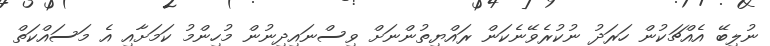
ނުލިބޭ އެއްޗަކުން ހަރަދު ނުކުރެވޭނެކަން ރައްޔިތުންނަށް ވިސްނައިދިނުން މުހިންމު ކަމަށާއި އެ މަސައްކަތް